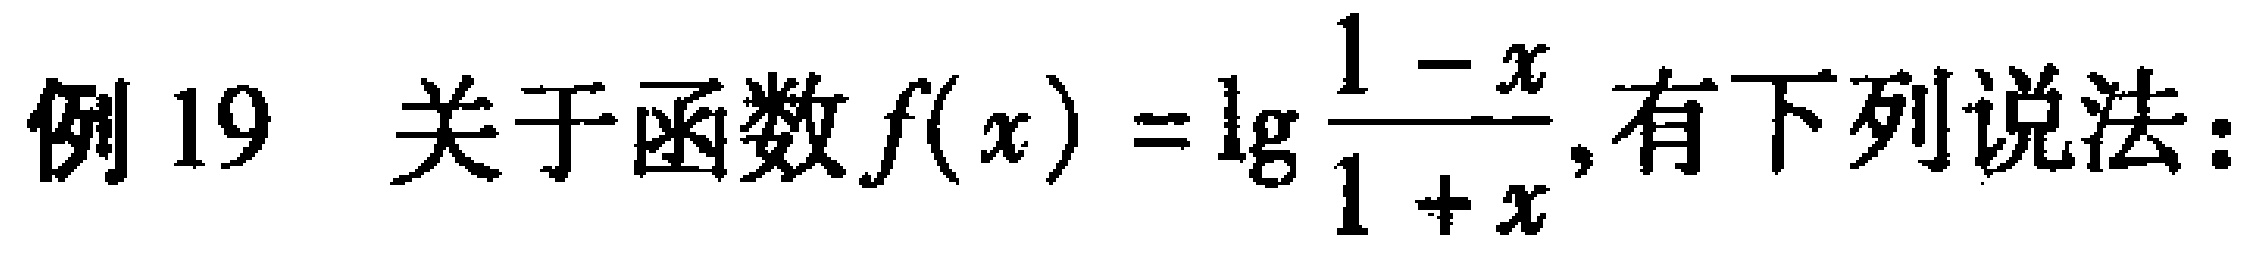
例 19 关于函数\(f(x)=\lg\frac{1 - x}{1 + x}\),有下列说法：